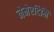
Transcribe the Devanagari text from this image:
नेमेरटिमि